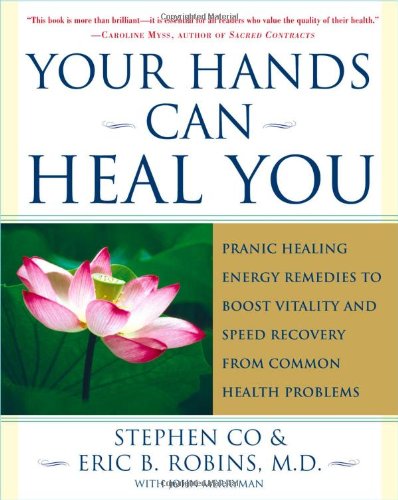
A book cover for Your Hands Can Heal You: Pranic Healing Energy Remedies to Boost Vitality and Speed Recovery from Common Health Problems; Master Stephen Co; Health, Fitness & Dieting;